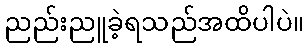
ညည်းညူခဲ့ရသည်အထိပါပဲ။